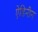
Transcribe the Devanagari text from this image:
ऐडिनीन